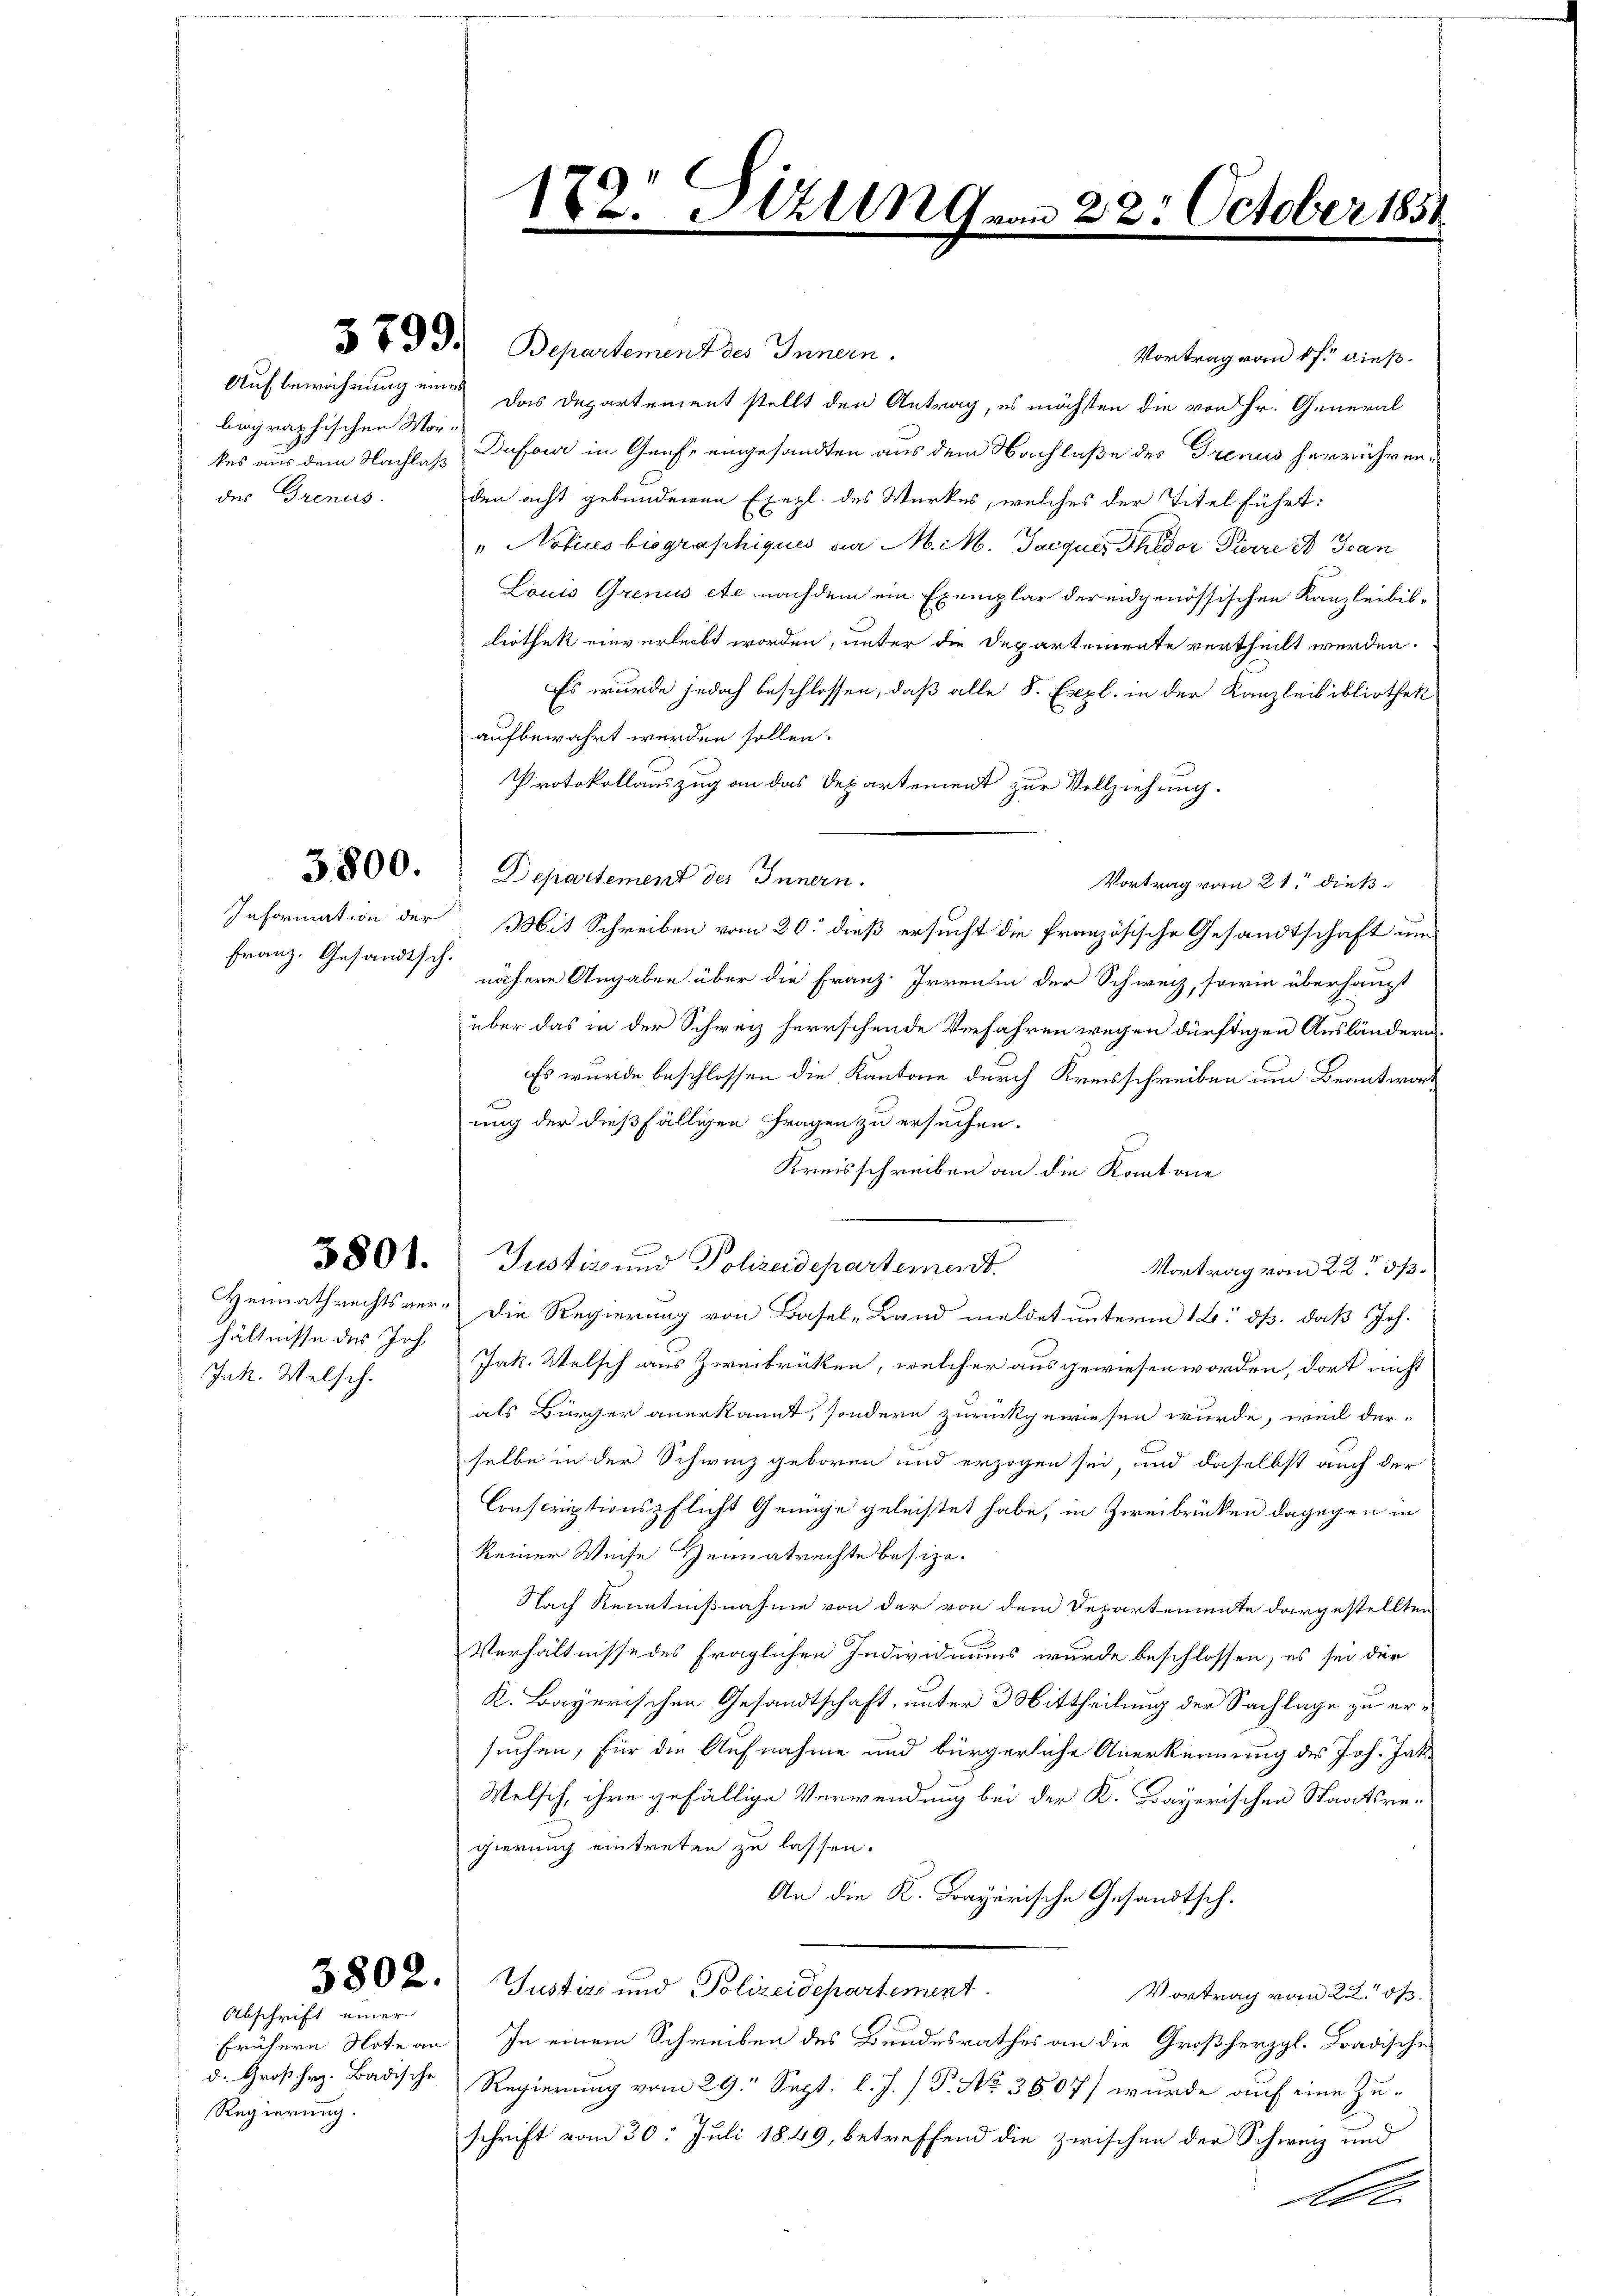
Franz. Gesandtsch.

3800.

Aufbewohnung eines
begraphischen Mor¬

hältnisse des Joh.
Jak. Welsch.

Abschrift einer
d. Großherz. Badische
Regierung.

379. 3. Departement des Innern.
Vortrag von 8 f. dieß.
Das Departement stellt den Antrag, es möchten die von Hr. General
kes aus dem Nachlaß Dufour in Grafe eingesandten aus dem Nachlaße des Trenus herrühren u.
der Grenus. Den acht gebundenen Exegl. des Werkes, welches der Titel führt:
" Notices biographiques an M. M. Jacquis Thedor Pierre et Ivan
Louis Grenus etc nachdem ein Exemplar der eidgenössischen Kanzleibisliothek einverleibt worden, unter die Departemente vertheilt werden.
Es wurde jedoch beschlossen, daß alle S. Expl. in der Kanzleibibliothek
aufbewahrt werden sollen.
Protokollauszug an das Departement zur Vollziehung.
Departement des Innern.
Vortrag vom 21. dieß¬
Information der Mit Schreiben vom 20. dieß ersucht die französische Gesandtschaft um
nähere Angaben über die Franz-Irren in der Schweiz, sowie überhaupt
über das in der Schweiz herrschende Verfahren wegen dürftigen Ausländern.
Es wurde beschlossen die Kantone durch Kreisschreiben um Beantwort
ung der dießfälligen Fragen zu ersuchen.
Kreisschreiben an die Kantone
3800. Justiz und Polizeidepartement.
Vortrag vom 22. ds.
Heimathrechtsver- Die Regierung von Basel-Land meldet unterm 16. ds. daß Joh.
Jak. Welsch aus Zweibrütten, welcher ausgewiesen worden, dort nicht
als Bürger anerkannt, sondern zurückgewiesen wurde, weil der-
selbe in der Schwinz geboren und erzogen sei, und daselbst auch der
Conscriptionspflicht Genüge geleistet habe, in Zweibrücken dagegen in
keiner Weise Heimatrechte besize.
Nach Kenntnißnahme von der von dem Departemente dargestellten
Verhältnisse des fraglichen Individuums wurde beschlossen, es sei der
K. Bayerischen Gesandtschaft, unter 3 Mittheilung der Sachlage zu ersuchen, für die Aufnahme und bürgerliche Anerkennung des Joh. Jak.
Welsch, ihre gefällige Verwendung bei der K. Bayerischen Staatsregierung eintreten zu lassen.
An die K. Frayerische Gesandtsch.
380 2. Justiz und Polizeidepartement.
Vortrag vom 22. dß.
frühern Note an In einem Schreiben des Bundesrathes an die Großherzgl. Badische
Regierung vom 29. Sept. l. J. P. No 3807) wurde auf eine Zuschrift vom 30. Juli 1849, betreffend die zwischen der Schweiz und
2

182. Sizung
e
i

22. October 185.